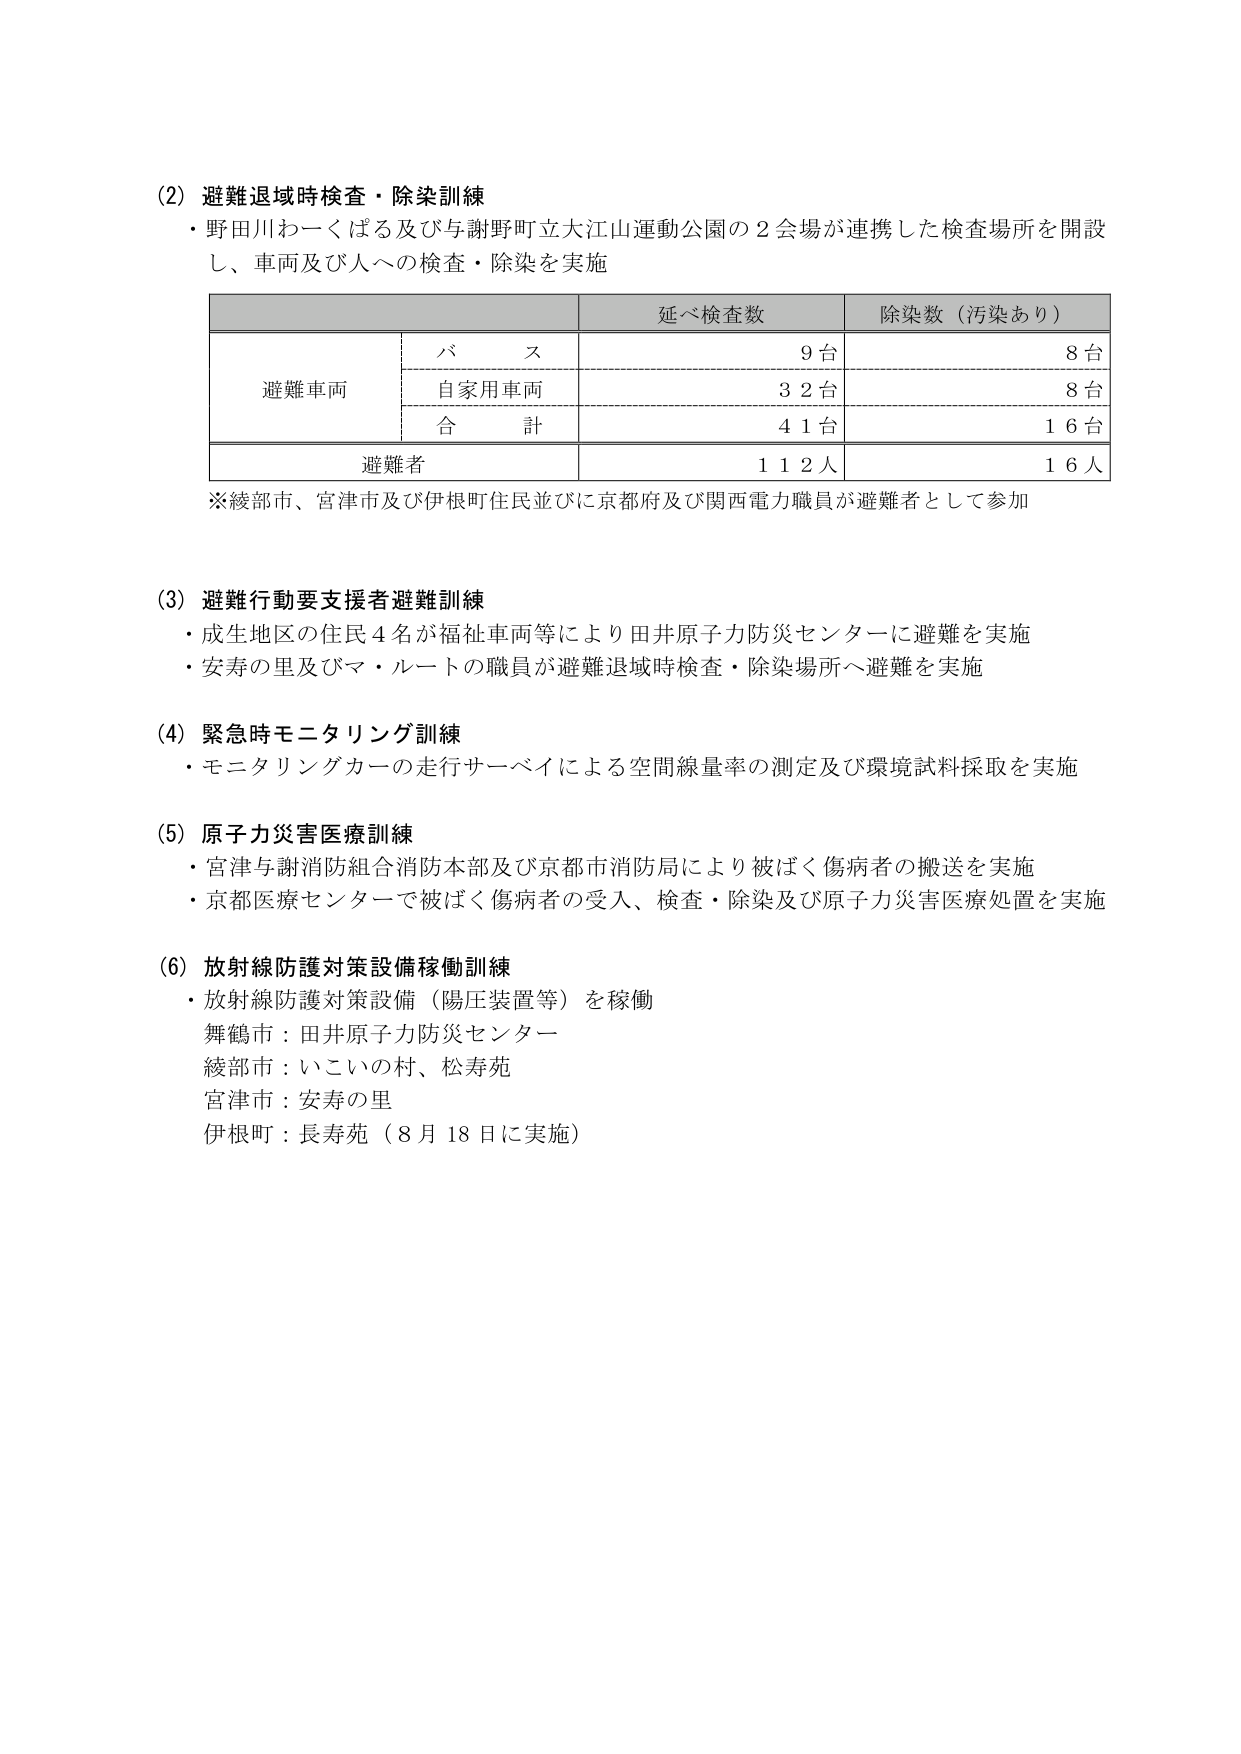
(2) 避難退域時検査・除染訓練
・野田川わーくばる及び与謝野町立大江山運動公園の2会場が連携した検査場所を開設し、車両及び人への検査・除染を実施

| | | 延べ検査数 | 除染数（汚染あり） |
|---|---|---|---|
| | バス | 9台 | 8台 |
| 避難車両 | 自家用車両 | 32台 | 8台 |
| | 合計 | 41台 | 16台 |
| 避難者 | | 112人 | 16人 |

※綾部市、宮津市及び伊根町住民並びに京都府及び関西電力職員が避難者として参加

(3) 避難行動要支援者避難訓練
・成生地区の住民4名が福祉車両等により田井原子力防災センターに避難を実施
・安寿の里及びマ・ルートの職員が避難退域時検査・除染場所へ避難を実施

(4) 緊急時モニタリング訓練
・モニタリングカーの走行サーベイによる空間線量率の測定及び環境試料採取を実施

(5) 原子力災害医療訓練
・宮津与謝消防組合消防本部及び京都市消防局により被ばく傷病者の搬送を実施
・京都医療センターで被ばく傷病者の受入、検査・除染及び原子力災害医療処置を実施

(6) 放射線防護対策設備稼働訓練
・放射線防護対策設備（陽圧装置等）を稼働
舞鶴市：田井原子力防災センター
綾部市：いこいの村、松寿苑
宮津市：安寿の里
伊根町：長寿苑（8月18日に実施）